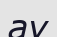
ау